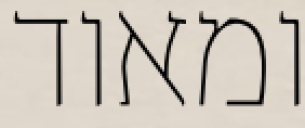
ומאוד